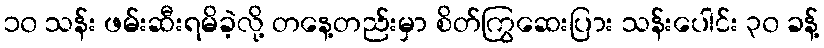
၁၀ သန်း ဖမ်းဆီးရမိခဲ့လို့ တနေ့တည်းမှာ စိတ်ကြွဆေးပြား သန်းပေါင်း ၃၀ ခန့်